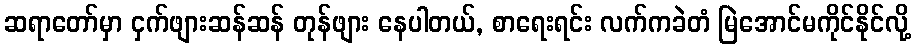
ဆရာတော်မှာ ငှက်ဖျားဆန်ဆန် တုန်ဖျား နေပါတယ်, စာရေးရင်း လက်ကခဲတံ မြဲအောင်မကိုင်နိုင်လို့